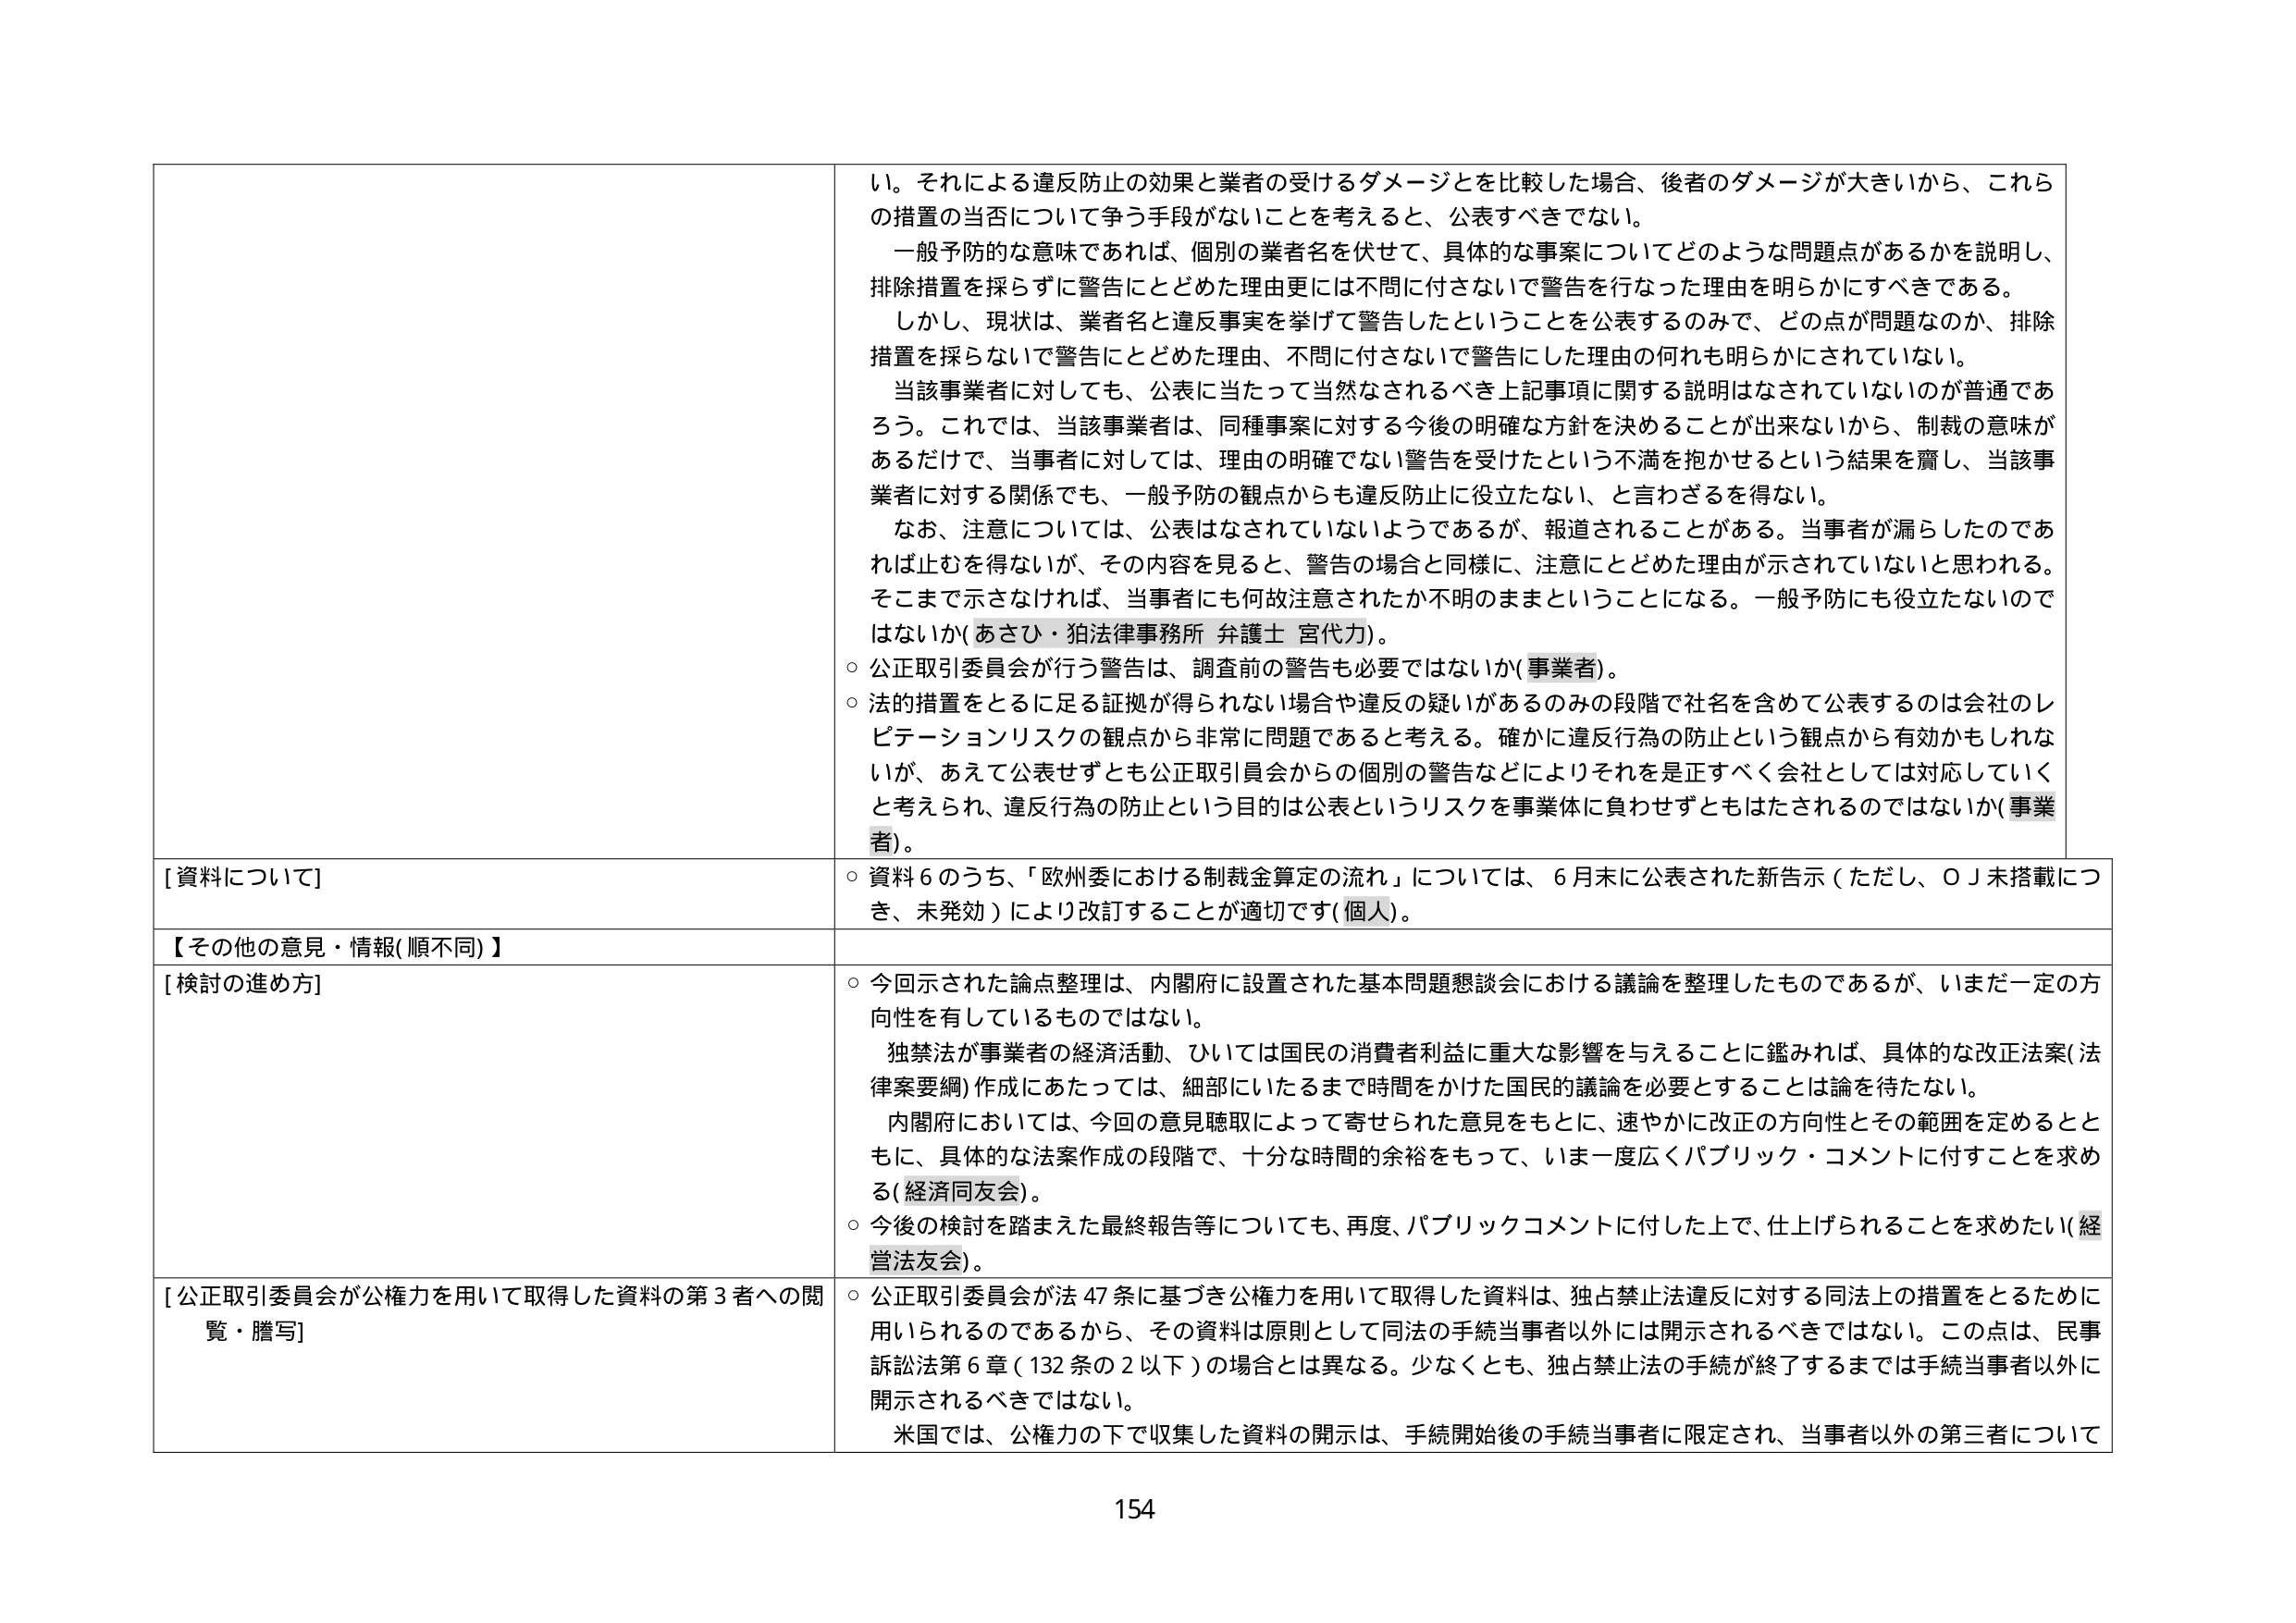
い。それによる違反防止の効果と業者の受けるダメージとを比較した場合、後者のダメージが大きいから、これら
の措置の当否について争う手段がないことを考えると、公表すべきでない。
一般予防的な意味であれば、個別の業者名を伏せて、具体的な事案についてどのような問題点があるかを説明し、
排除措置を採らずに警告にとどめた理由更には不問に付さないで警告を行なった理由を明らかにすべきである。
しかし、現状は、業者名と違反事実を挙げて警告したということを公表するのみで、どの点が問題なのか、排除
措置を採らないで警告にとどめた理由、不問に付さないで警告にした理由の何れも明らかにされていない。
当該事業者に対しても、公表に当たって当然なされるべき上記事項に関する説明はなされていないのが普通であ
ろう。これでは、当該事業者は、同種事案に対する今後の明確な方針を決めることができないから、制裁の意味が
あるだけで、当事者に対しては、理由の明確でない警告を受けたという不満を抱かせるという結果を齎し、当該事
業者に対する関係でも、一般予防の観点からも違反防止に役立たない、と言わざるを得ない。
なお、注意については、公表はなされていないようであるが、報道されることがある。当事者が漏らしたのであ
れば止むを得ないが、その内容を見ると、警告の場合と同様に、注意にとどめた理由が示されていないと思われる。
そこまで示さなければ、当事者にも何故注意されたか不明のままということになる。一般予防にも役立たないので
はないか（あさひ・狛法律事務所 弁護士 宮代力）。
○ 公正取引委員会が行う警告は、調査前の警告も必要ではないか（事業者）。
○ 法的措置をとるに足る証拠が得られない場合や違反の疑いがあるのみの段階で社名を含めて公表するのは会社のレ
ピテーションリスクの観点から非常に問題であると考える。確かに違反行為の防止という観点から有効かもしれな
いが、あえて公表せずとも公正取引員会からの個別の警告などによりそれを是正すべく会社としては対応していく
と考えられ、違反行為の防止という目的は公表というリスクを事業体に負わせずともはたされるのではない（事業
者）。

[資料について]
○ 資料６のうち、「欧州委における制裁金算定の流れ」については、６月末に公表された新告示（ただし、ＯＪ未搭載につ
き、未発効）により改訂することが適切です（個人）。

【その他の意見・情報（順不同）】

[検討の進め方]
○ 今回示された論点整理は、内閣府に設置された基本問題懇談会における議論を整理したものであるが、いまだ一定の方
向性を有しているものではない。
独禁法が事業者の経済活動、ひいては国民の消費者利益に重大な影響を与えることに鑑みれば、具体的な改正法案（法
律案要綱）作成にあたっては、細部にいたるまで時間をかけた国民的議論を必要とすることは論を待たない。
内閣府においては、今回の意見聴取によって寄せられた意見をもとに、速やかに改正の方向性とその範囲を定めるとと
もに、具体的な法案作成の段階で、十分な時間的余裕をもって、いま一度広くパブリック・コメントに付することを求め
る（経済同友会）。
○ 今後の検討を踏まえた最終報告等についても、再度、パブリックコメントに付した上で、仕上げられることを求めたい（経
営法友会）。

[公正取引委員会が公権力を用いて取得した資料の第３者への閲
覧・謄写]
○ 公正取引委員会が法４７条に基づき公権力を用いて取得した資料は、独占禁止法違反に対する同法上の措置をとるために
用いられるのであるから、その資料は原則として同法の手続当事者以外には開示されるべきではない。この点は、民事
訴訟法第６章（132条の２以下）の場合とは異なる。少なくとも、独占禁止法の手続が終了するまでは手続当事者以外に
開示されるべきではない。
米国では、公権力の下で収集した資料の開示は、手続開始後の手続当事者に限定され、当事者以外の第三者について

154